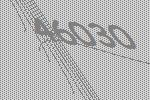
46030